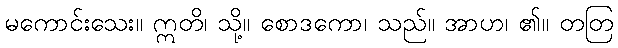
မကောင်းသေး။ ဣတိ၊ သို့။ စောဒကော၊ သည်။ အာဟ၊ ၏။ တတြ